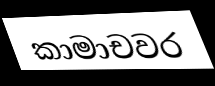
කාමාචවර